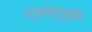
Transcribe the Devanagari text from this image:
पाकसुज़ुकी